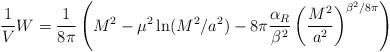
LaTeX: \begin{align*}\frac{1}{V}W=\frac{1}{8\pi}\left( M^2-\mu^2\ln(M^2/a^2)-8\pi\frac{\alpha_R}{\beta^2}\left( \frac{ M^2}{a^2}\right)^{\beta^2/8\pi}\right)\end{align*}